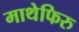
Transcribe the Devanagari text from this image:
माथेफिरु